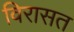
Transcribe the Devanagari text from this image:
विरासत